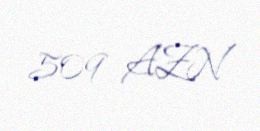
509 AZN